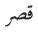
قصر